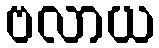
ဗလာယ